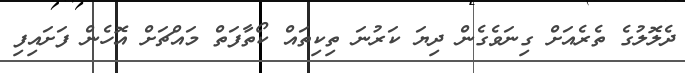
ދެލޮލުގެ ތެރެއަށް ގިނަވެގެން ދިޔަ ކަރުނަ ތިކިތައް ކޯތާފަތް މައްޗަށް އޮހެން ފަށައިފި